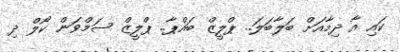
ކައި އާ ދިމާއަށް ބަލާބަލަ.. ޕްލީޒް ބައްޕާ.. ޕްލީޒް ސަމްވަން ކޯލް ދި